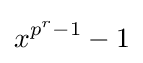
x^{p^{r}-1}-1